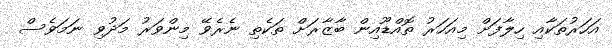
އަހަރުތަކާއި ހިލާފަށް މިއަހަރު ތޮއްޑޫއިން ބާޒާރަށް ތަކެތި ނެރެވޭ މިންވަރު މަދުވި ނަމަވެސް